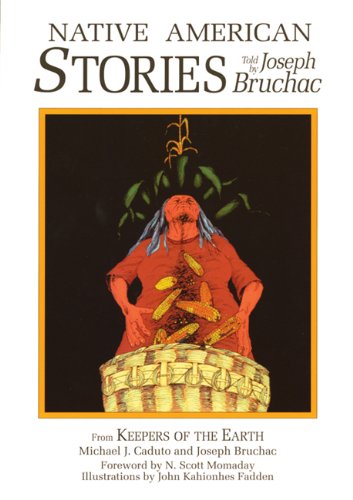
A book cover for Native American Stories (Myths and Legends); Michael J. Caduto; Literature & Fiction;